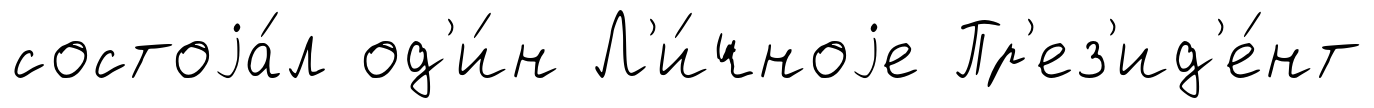
состоjа́л од'и́н Л'и́чноjе Пр'ез'ид'е́нт